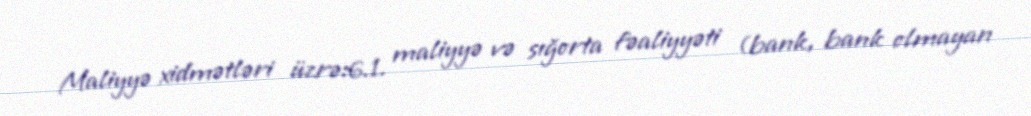
Maliyyə xidmətləri üzrə:6.1. maliyyə və sığorta fəaliyyəti (bank, bank olmayan